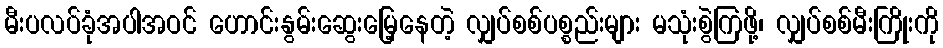
မီးပလပ်ခုံအပါအဝင် ဟောင်းနွမ်းဆွေးမြေ့နေတဲ့ လျှပ်စစ်ပစ္စည်းများ မသုံးစွဲကြဖို့၊ လျှပ်စစ်မီးကြိုးကို